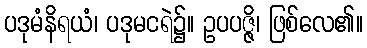
ပဒုမံနိရယံ၊ ပဒုမငရဲ၌။ ဥပပဇ္ဇိ၊ ဖြစ်လေ၏။